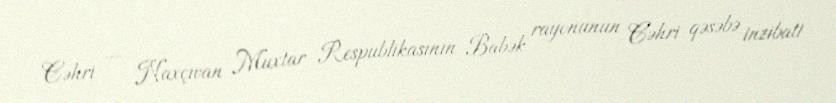
Cəhri — Naxçıvan Muxtar Respublikasının Babək rayonunun Cəhri qəsəbə inzibati